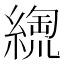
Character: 𦃥